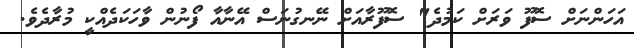
އަހަންނަށް ސޮފޫ ވަރަށް ކަމުދެ" ސޮފޫރާއަށް ނޭނގުނަސް އޭނާއާ ފޯނުން ވާހަކަދެއްކީ މުރާދެވެ.